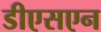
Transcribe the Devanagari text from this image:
डीएसएन